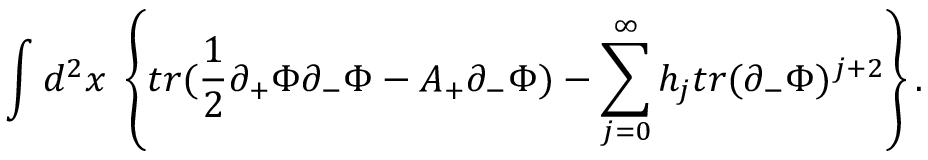
\int d ^ { 2 } x \; \left\{ t r ( \frac { 1 } { 2 } \partial _ { + } \Phi \partial _ { - } \Phi - A _ { + } \partial _ { - } \Phi ) - \sum _ { j = 0 } ^ { \infty } h _ { j } t r ( \partial _ { - } \Phi ) ^ { j + 2 } \right\} .